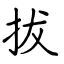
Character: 拔